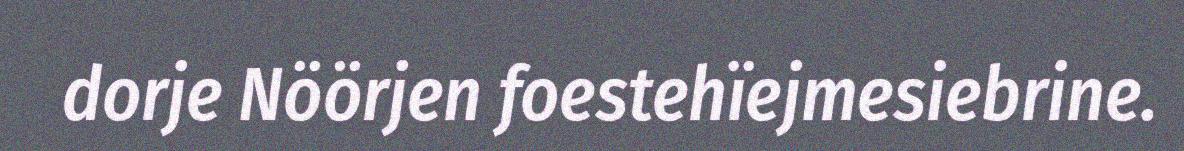
dorje Nöörjen foestehïejmesiebrine.